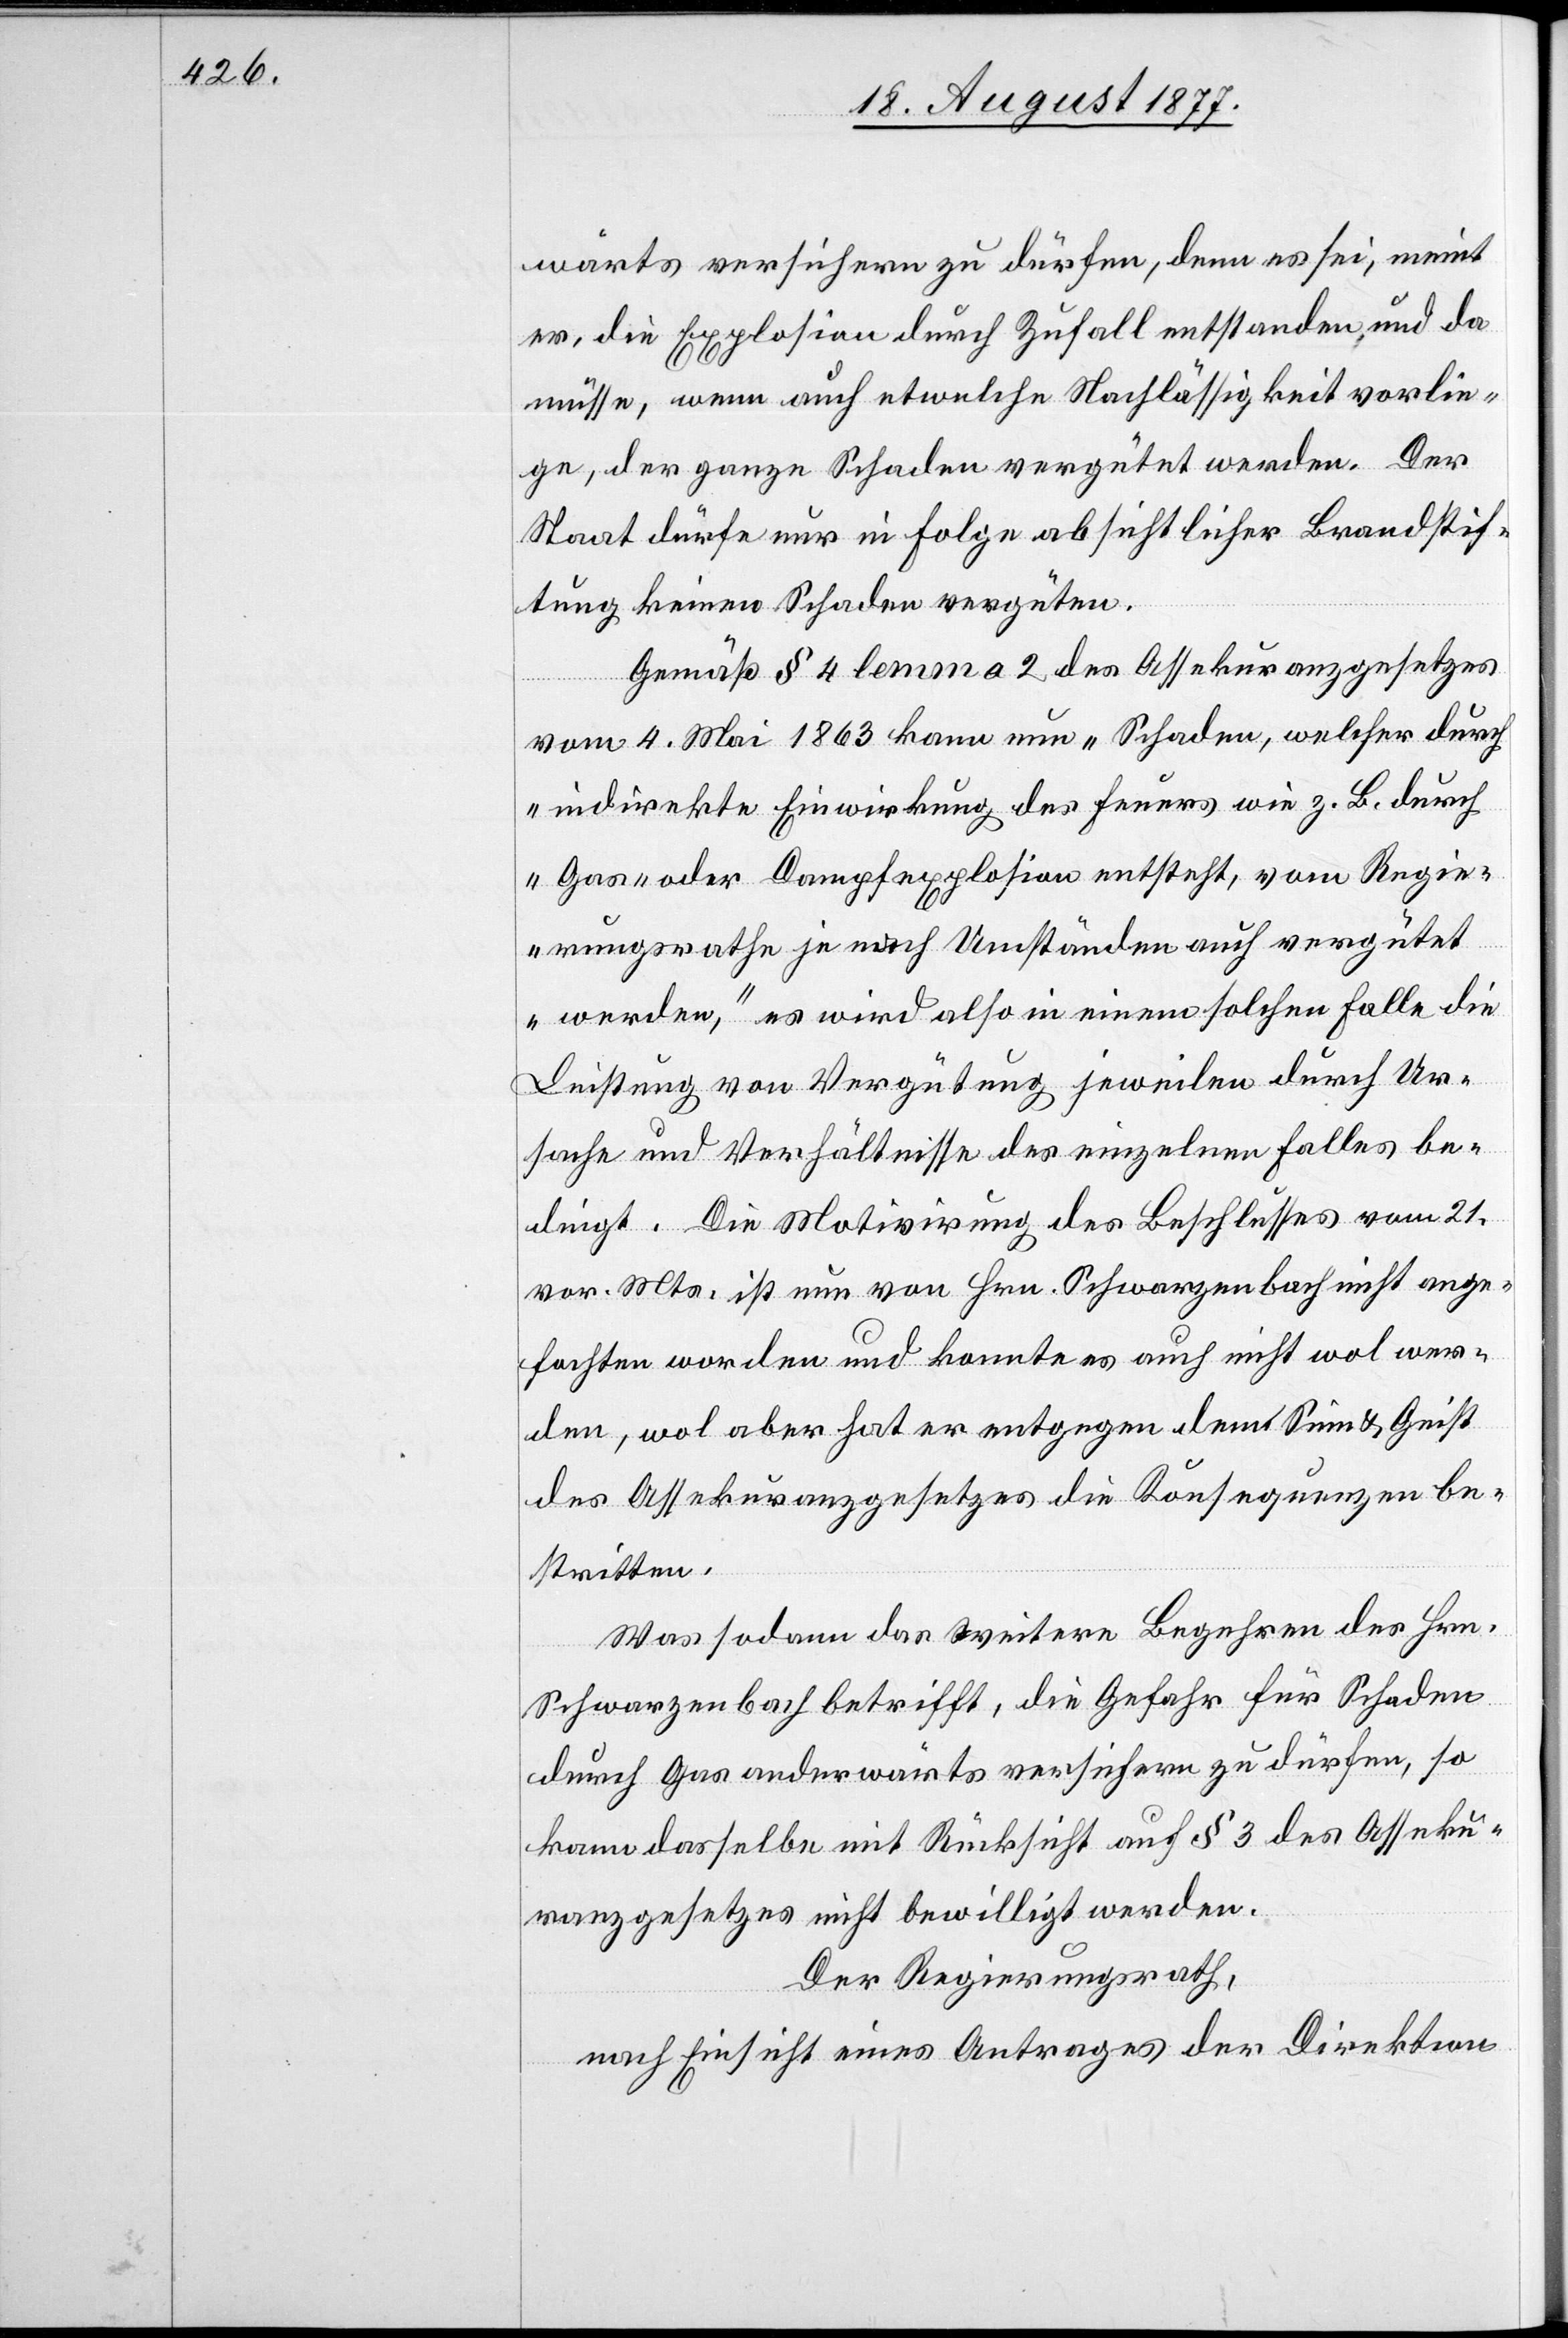
wärts versichern zu dürfen, denn es sei, meint
er, die Explosion durch Zufall entstanden und da
müsse, wenn auch etwelche Nachlässigkeit vorlie¬
ge, der ganze Schaden vergütet werden. Der
Staat dürfe nur in Folge absichtlicher Brandstif¬
tung keinen Schaden vergüten.
Gemäß § 4 lemma 2 des Assekuranzgesetzes
vom 4. Mai 1863 kann nun „Schaden, welcher durch
indirekte Einwirkung des Feuers wie z. B. durch
Gas- oder Dampfexplosion entsteht, vom Regie¬
rungsrathe je nach Umständen auch vergütet
werden,“ es wird also in einem solchen Falle die
Leistung von Vergütung jeweilen durch Ur¬
sache und Verhältnisse des einzelnen Falles be¬
dingt. Die Motivirung des Beschlusses vom 21.
vor. Mts. ist nun von Hrn. Schwarzenbach nicht ange¬
fochten worden und konnte es auch nicht wol wer¬
den, wol aber hat er entgegen dem Sinn & Geist
des Assekuranzgesetzes die Konsequenzen be¬
stritten.
Was sodann das weitere Begehren des Hrn.
Schwarzenbach betrifft, die Gefahr für Schaden
durch Gas anderwärts versichern zu dürfen, so
kann dasselbe mit Rücksicht auf § 3 des Asseku¬
ranzgesetzes nicht bewilligt werden.
Der Regierungsrath,
nach Einsicht eines Antrages der Direktion